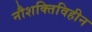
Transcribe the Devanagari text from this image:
नौशक्तिविहीन